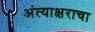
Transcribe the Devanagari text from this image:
अंत्याक्षराचा